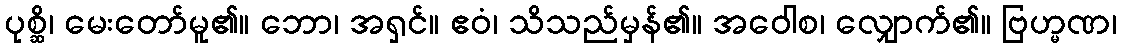
ပုစ္ဆိ၊ မေးတော်မူ၏။ ဘော၊ အရှင်။ ဧဝံ၊ သိသည်မှန်၏။ အဝေါစ၊ လျှောက်၏။ ဗြဟ္မဏ၊